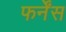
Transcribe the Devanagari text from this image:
फर्नेंस